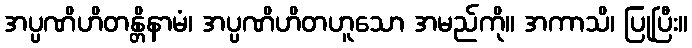
အပ္ပဏိဟိတန္တိနာမံ၊ အပ္ပဏိဟိတဟူသော အမည်ကို။ အကာသိ၊ ပြုပြီး။